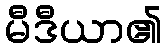
မီဒီယာ၏